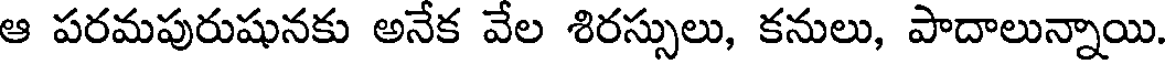
ఆ పరమపురుషునకు అనేక వేల శిరస్సులు, కనులు, పాదాలున్నాయి.